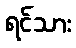
ရင်သား